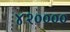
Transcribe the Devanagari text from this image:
४२००००